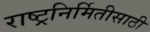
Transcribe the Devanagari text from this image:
राष्ट्रनिर्मितीसाठी